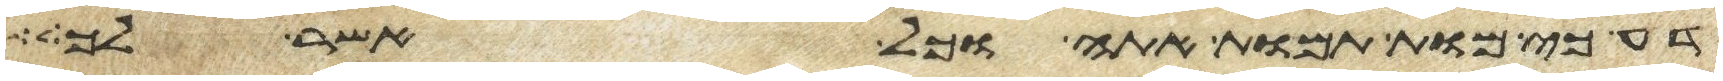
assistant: דע כי מות תמות אתה וכל אשר לך